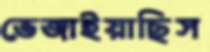
ভেজাইয়াছিস